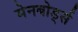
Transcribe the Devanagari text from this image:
मेनबोर्ड्स